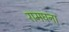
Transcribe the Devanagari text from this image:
रामघना